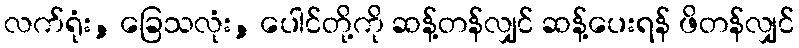
လက်ရုံး, ခြေသလုံး, ပေါင်တို့ကို ဆန့်တန်လျှင် ဆန့်ပေးရန် ဖိတန်လျှင်